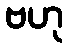
ဗဟု